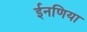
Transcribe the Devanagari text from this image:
ईनणिया